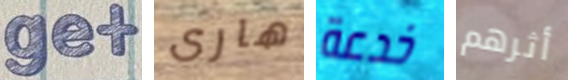
get هارى خدعة أثرهم